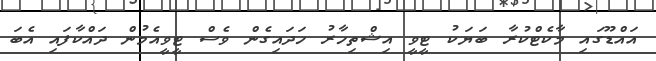
އައްޑޫގައި މާކެޓްކުރާ ބަޔަކު ޓީވީ އިޝްތިހާރު ހަދައިގެން ވެސް ޓީވީއެމުން ދައްކާފައި އެބަ